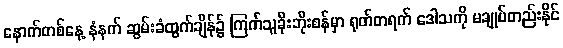
နောက်တစ်နေ့ နံနက် ဆွမ်းခံထွက်ချိန်၌ ကြက်သူခိုးဘိုးစန်မှာ ရုတ်တရက် ဒေါသကို မချုပ်တည်းနိုင်